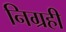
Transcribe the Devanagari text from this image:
निग्रही